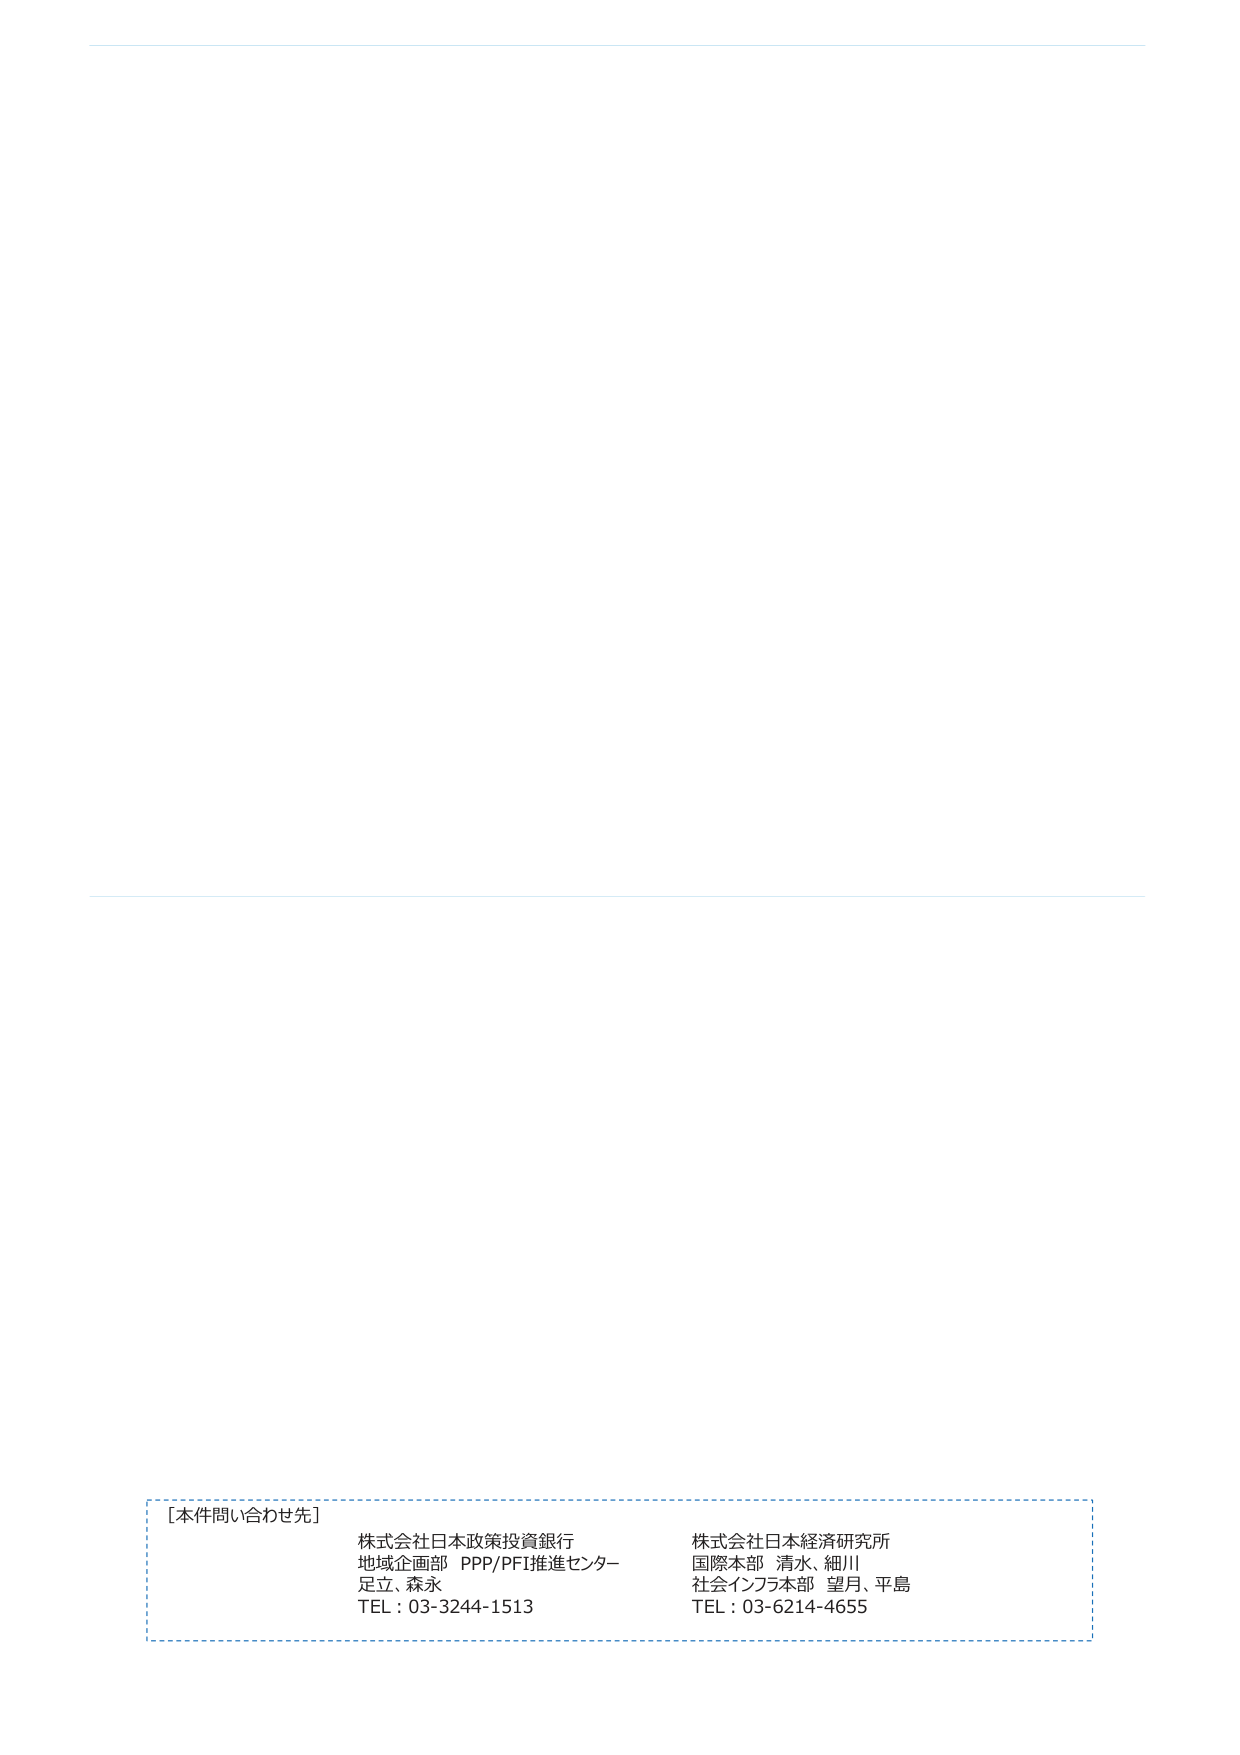
[本件問い合わせ先]

株式会社日本政策投資銀行
地域企画部 PPP/PFI推進センター
足立、森永
TEL：03-3244-1513

株式会社日本経済研究所
国際本部 清水、細川
社会インフラ本部 望月、平島
TEL：03-6214-4655